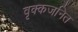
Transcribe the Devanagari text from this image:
वृक्कजनित